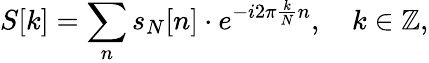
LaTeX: S[k]=\sum_{n}s_{N}[n]\cdot e^{-i2\pi{\frac{k}{N}}n},\quad k\in\mathbb{Z},